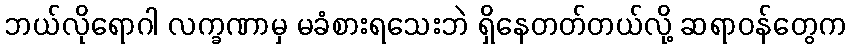
ဘယ်လိုရောဂါ လက္ခဏာမှ မခံစားရသေးဘဲ ရှိနေတတ်တယ်လို့ ဆရာဝန်တွေက